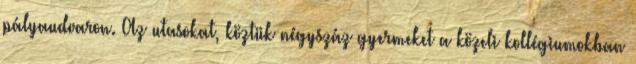
pályaudvaron. Az utasokat, köztük négyszáz gyermeket a közeli kollégiumokban